Report of the Municipal Commissioner on the plague in Bombay for the year ending 31st May... - Volume 2
Disease focus: Plague
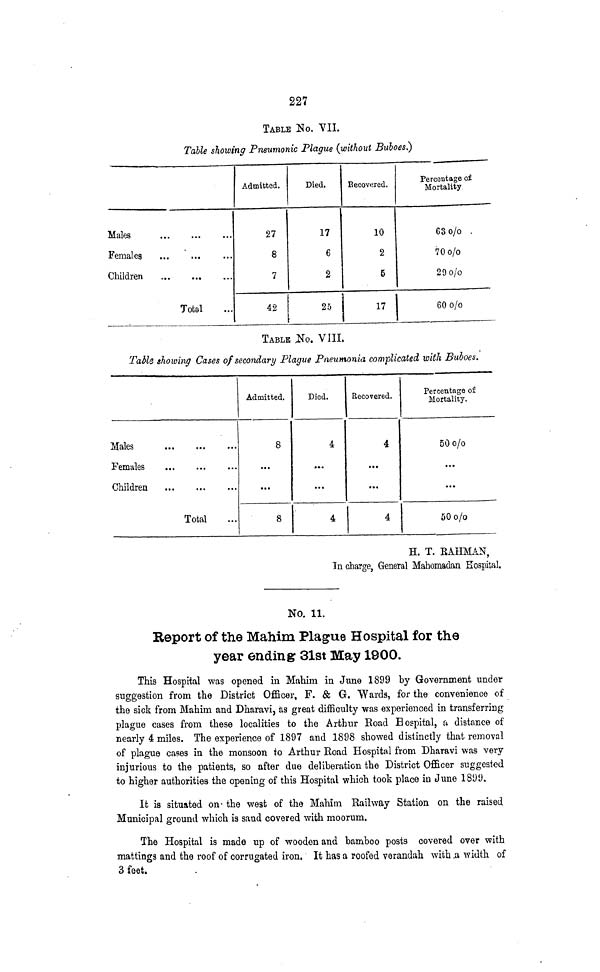
227
TABLE No. VII.
Table showing Pneumonic Plague (without Buboes.}
Males
Females
Children
Total
Admitted.
27
8
7
42
Died.
17
6
2
25
Recovered.
10
2
5
17
Percentage of
Mortality
63o/o
70 o/o
29o/o
60o/o
TABLE #0. VIII,
Table showing Cases of secondary Plague Pneumonia complicated with Buboes.
Males
Females
Children
Total
Admitted.
8
8
Died.
4
• *•
...
4
Recovered.
4
...
» »•
4
Percentage of
Mortality.
50o/o
...
...
50 o/o
H. T. BAHMAN,
In charge, General Mahomadan Hospital.
No. 11.
Report of the Mahim Plague Hospital for the
year ending 31st May 1900.
This Hospital was opened in Mahim in June 1899 by Government under
suggestion from the District Officer, F. & G. Wards, for the convenience of
the sick from Mahim and Dharavi, as great difficulty was experienced in transferring
plague cases from these localities to the Arthur Eoad Hospital, a distance of
nearly 4 miles. The experience of 1897 and 1898 showed distinctly that removal
of plague cases in the monsoon to Arthur Road Hospital from Dharavi was very
injurious to the patients, so after due deliberation the District Officer suggested
to higher authorities the opening of this Hospital which took place in June 1899.
It is situated on- the west of the Mahim Eailway Station on the raised
Municipal ground which is sand covered with moorum.
The Hospital is made up of wooden and bamboo posts covered over with
mattings and the roof of corrugated iron, It has a roofed verandah with .a width of
3 feet.